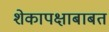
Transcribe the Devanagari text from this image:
शेकापक्षाबाबत